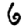
Digit: 6